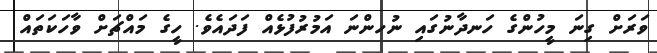
ވަރަށް ގިނަ މީހުންގެ ހަނދާނުގައި ނުހންނަ އަމުރުފުޅެއް ފަދައެވެ. ހީގެ މައްޗަށް ވާހަކަތައް